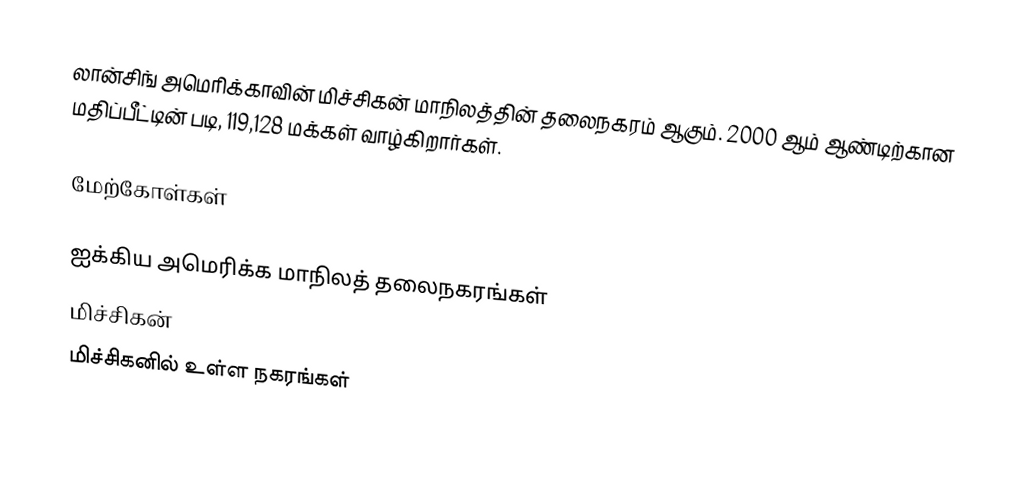
லான்சிங் அமெரிக்காவின் மிச்சிகன் மாநிலத்தின் தலைநகரம் ஆகும். 2000 ஆம் ஆண்டிற்கான மதிப்பீட்டின் படி, 119,128 மக்கள் வாழ்கிறார்கள்.

மேற்கோள்கள்

ஐக்கிய அமெரிக்க மாநிலத் தலைநகரங்கள்
மிச்சிகன்
மிச்சிகனில் உள்ள நகரங்கள்